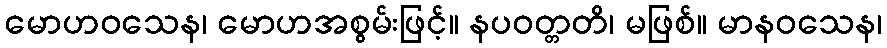
မောဟဝသေန၊ မောဟအစွမ်းဖြင့်။ နပဝတ္တတိ၊ မဖြစ်။ မာနဝသေန၊